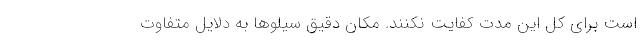
است برای کل این مدت کفایت نکنند. مکان دقیق سیلوها به دلایل متفاوت